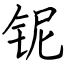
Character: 铌